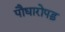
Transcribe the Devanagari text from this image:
पौधारोपड़